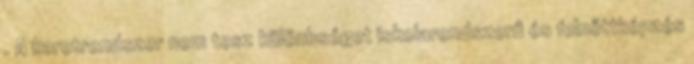
. A keretrendszer nem tesz különbséget iskolarendszerű és felnőttképzés